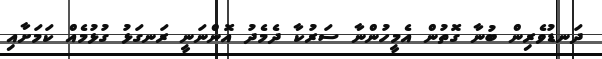
ދަނޑުވެރިން ބުނާ ގޮތުން އެމީހުންނާ ސަރުކާ ދެމެދު އޮންނަނީ ރަނގަޅު ގުޅުމެއް ކަމަށާއި